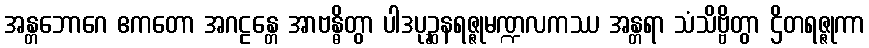
အန္တဘောဂေ ဧကတော အဂဠန္တေ အာဗန္ဓိတွာ ပါဒပုဉ္ဆနရဇ္ဇုမဏ္ဍလကဿ အန္တရာ သံသိဗ္ဗိတွာ ဌိတရဇ္ဇုကာ